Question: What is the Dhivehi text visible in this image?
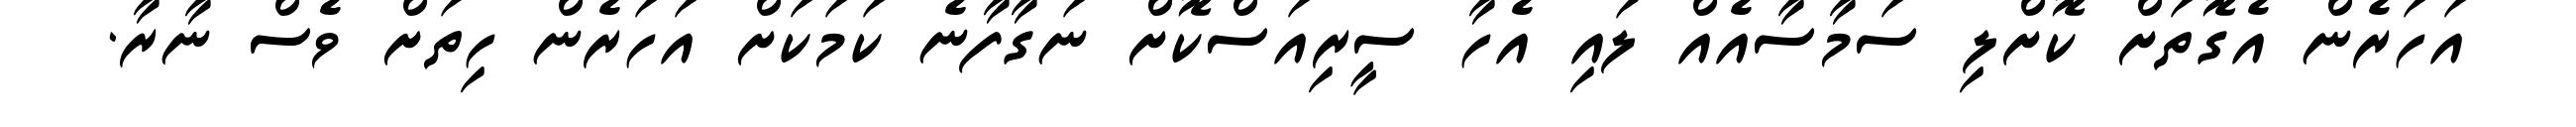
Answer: އަހަރެން އެގޮތަށް ކޮށްލި ސަމާސާއެއް ލައި އެހާ ސީރިއަސްކޮށް ނަގާފާނެ ކަމަކަށް އަހަރެން ހިތަށް ވެސް ނާރާ.